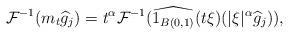
LaTeX: \begin{align*}\mathcal{F}^{-1}(m_t \widehat{g}_j ) = t^{\alpha} \mathcal{F}^{-1}( \widehat{1_{B(0,1)}}(t \xi) (|\xi|^{\alpha}\widehat{g}_{j} ) ),\end{align*}